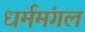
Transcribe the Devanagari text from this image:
धर्ममंगल